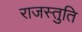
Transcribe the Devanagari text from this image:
राजस्तुति